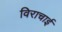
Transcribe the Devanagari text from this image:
विराचाई